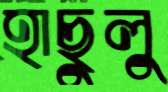
হাছুলু